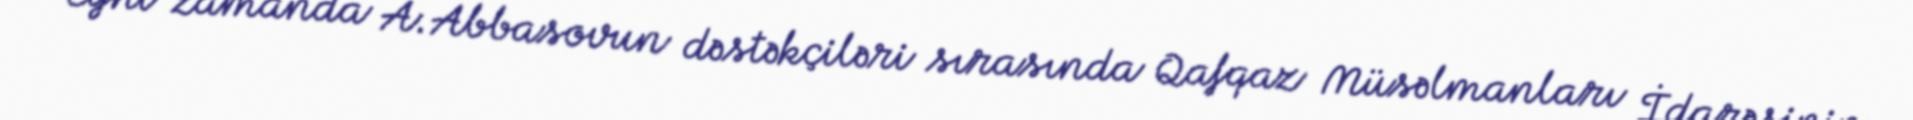
Eyni zamanda A.Abbasovun dəstəkçiləri sırasında Qafqaz Müsəlmanları İdarəsinin